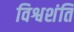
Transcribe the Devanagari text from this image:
विश्वशंति